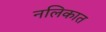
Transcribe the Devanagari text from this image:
नलिकात